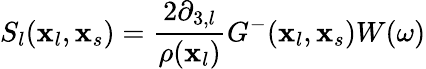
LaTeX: S_{l}(\textbf{x}_{l},\textbf{x}_{s})=\frac{2\partial_{3,l}}{\rho(\textbf{x}_{l})}G^{-}(\textbf{x}_{l},\textbf{x}_{s})W(\omega)